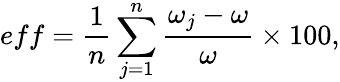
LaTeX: eff=\frac{1}{n}\sum_{j=1}^{n}\frac{\omega_{j}-\omega}{\omega}\times 100,